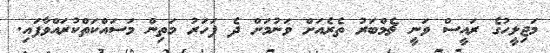
މަޖިލީހުގެ ރައީސް ވަނީ ޗެމްބަރު ތެރެއަށް ވަނުމަށް ދެ ފަހަރު މަތިން މަސައްކަތްކުރައްވާފައި.